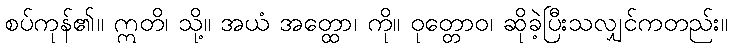
စပ်ကုန်၏။ ဣတိ၊ သို့။ အယံ အတ္ထော၊ ကို။ ဝုတ္တောဝ၊ ဆိုခဲ့ပြီးသလျှင်ကတည်း။